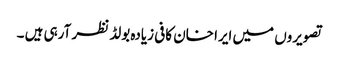
تصویروں میں ایرا خان کافی زیادہ بولڈ نظر آرہی ہیں ۔